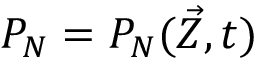
P _ { N } = P _ { N } ( \vec { Z } , t )